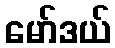
မော်ဒယ်